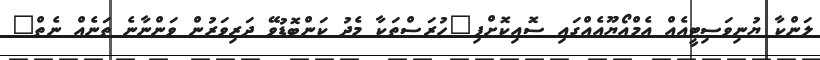
ލަންކާ ޔުނިވަސިޓީއެއް އެމްއޯޔޫއެއްގައި ސޮއިކޮށްފި"ހުރަސްތަކާ މެދު ކަންބޮޑުވޭ ދަރިވަރުން ވަންނާނެ ތަނެއް ނެތް"